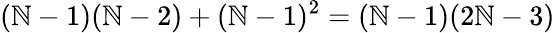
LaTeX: (\mathbb{N}-1)(\mathbb{N}-2)+(\mathbb{N}-1)^{2}=(\mathbb{N}-1)(2\mathbb{N}-3)